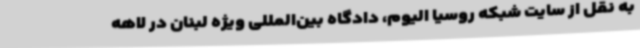
به نقل از سایت شبکه روسیا الیوم، دادگاه بین‌المللی ویژه لبنان در لاهه